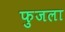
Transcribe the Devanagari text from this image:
फुजला